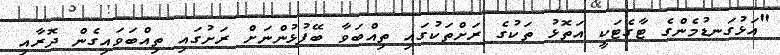
"އަޅުގަނޑުމެންގެ ޓާގެޓަކީ އަތޮޅު ތަކުގެ ރަށްތަކުގައި ތިއްބަވާ ބޭފުޅުންނަށް ރަށުގައި ތިއްބަވައިގެން ދޮރާއި